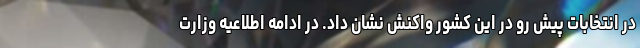
در انتخابات پیش رو در این کشور واکنش نشان داد. در ادامه اطلاعیه وزارت